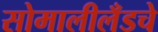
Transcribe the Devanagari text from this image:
सोमालीलँडचे